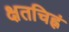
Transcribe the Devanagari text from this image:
क्षतचिह्नं